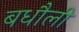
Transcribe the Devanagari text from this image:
बधौली